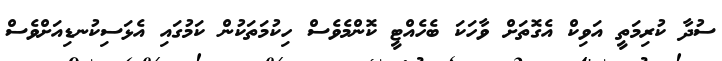
ސުދާ ކުރިމަތީ އަވިކް އެގޮތަށް ވާހަކަ ބެހެއްޓީ ކޮންމެވެސް ހިކުމަތަކުން ކަމުގައި އެޅަސިކުނޑިއަށްވެސް